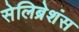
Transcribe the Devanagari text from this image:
सेलिब्रेशंस